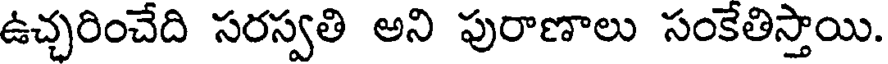
ఉచ్చరించేది సరస్వతి అని పురాణాలు సంకేతిస్తాయి.